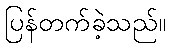
ပြန်တက်ခဲ့သည်။